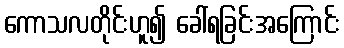
ကောသလတိုင်းဟူ၍ ခေါ်ရခြင်းအကြောင်း